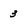
Character: 3